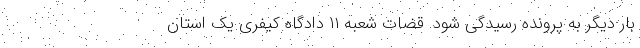
بار دیگر به پرونده رسیدگی شود. قضات شعبه ۱۱ دادگاه کیفری یک استان